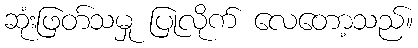
ဆုံးဖြတ်သမှု ပြုလိုက် လေတော့သည်။